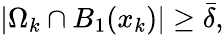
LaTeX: |\Omega_{k}\cap B_{1}(x_{k})|\ge\bar{\delta},